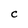
Character: C